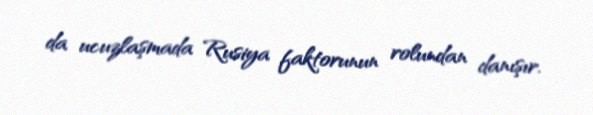
da ucuzlaşmada Rusiya faktorunun rolundan danışır.